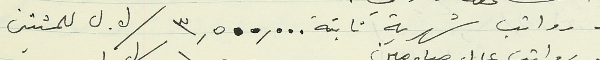
- رواتب شهرية ثابتة ٣,٥٠٠,٠٠٠ / ل. ل للمثىتين